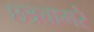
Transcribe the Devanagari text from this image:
छत्रचामरे